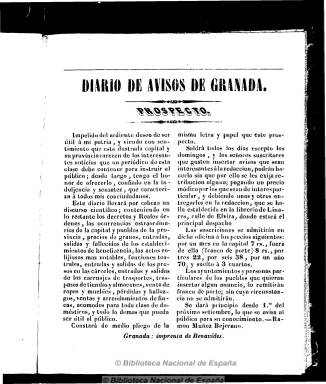
Título: Diario de avisos de Granada
Colección: Periódicos anteriores a 1850
Ámbito geográfico: Granada
Lugar de publicación: Granada
Fechas: 29/08/1841-28/10/1841

Periódico noticioso y político que aparece durante la regencia de Baldomero Espartero (1793-1879), el 29 de agosto de 1841, en un momento en que la provincia granadina carece de esta clase de publicación y que, como portavoz esparterista, contará con el apoyo de las autoridades de la capital y de las corporaciones municipales de la provincia. Aparece todos los días, excepto domingos, en números de cuatro páginas, compuestos a dos columnas, y la mayor parte sin datar. Su primer editor responsable y firmante del prospecto es Ramón Muñoz Bejerano, que es sustituido por Francisco Mollina, en el número 40, y por José Antonio Liares, a partir del número 47. Sale de la imprenta de Benavides. El 52 es el último de la colección, correspondiente al 28 de octubre.

Bajo la cabecera, inicia cada entrega con el santoral. Inserta artículos sobre educación, comunicaciones, homeopatía, etc. También da cabida a artículos remitidos y comunicados. En su sección ‘Avisos’ da cuenta de sucesos y acontecimientos políticos de la capital y pueblos de la provincia; precios de los granos; movimiento de los establecimientos de beneficencia, de las cárceles y los carruajes de transporte; así como actos religiosos, bibliografía, ventas, pérdidas y empleos, funciones teatrales, decretos y reales órdenes y comunicados oficiales de las autoridades políticas, y algunas colaboraciones en verso.